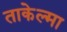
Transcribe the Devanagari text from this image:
ताकेल्मा